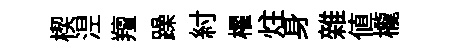
楔𣵀羶躁紂櫂炷身雜値櫳